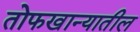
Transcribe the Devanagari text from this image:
तोफखान्यातील